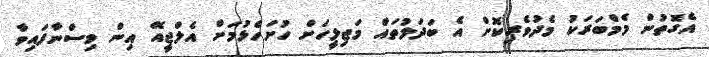
އެގޮތުން މެމްބަރަކު މެދުވެރިކޮށް އެ ބަދަލުތައް މަޖިލީހަށް ހުށަހެޅުމަށް އެލްޖީއޭ އިން ވިސްނާފައިވާ